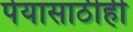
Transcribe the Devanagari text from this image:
पेयासाठीही